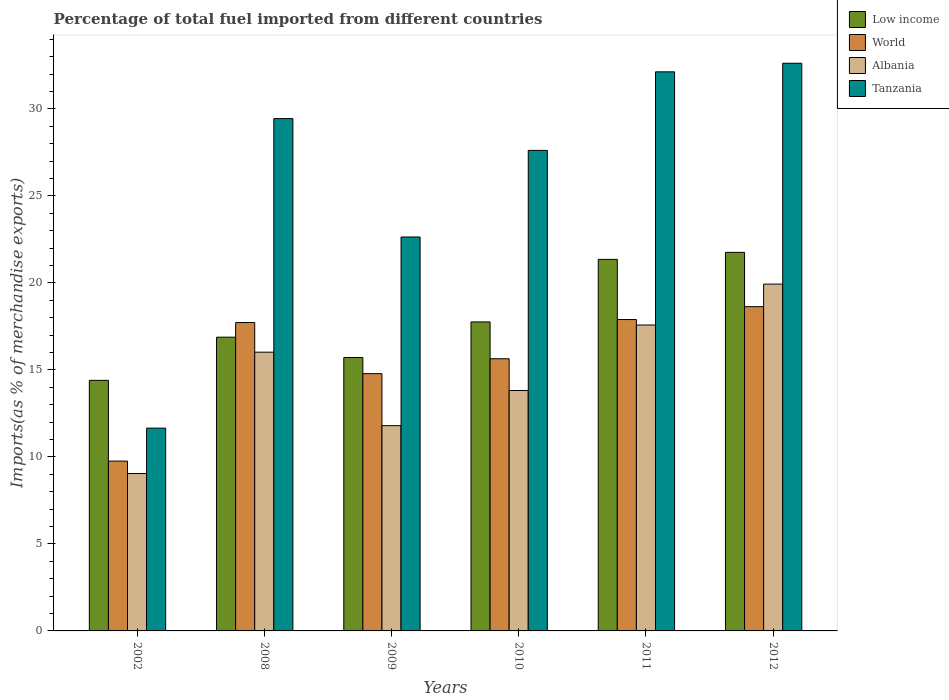
| Years | Low income | World | Albania | Tanzania |
 | --- | --- | --- | --- | --- |
 | 2002 | 14.4 | 9.76 | 9.05 | 11.7 |
 | 2008 | 16.9 | 17.7 | 16 | 29.4 |
 | 2009 | 15.7 | 14.8 | 11.8 | 22.6 |
 | 2010 | 17.8 | 15.6 | 13.8 | 27.6 |
 | 2011 | 21.4 | 17.9 | 17.6 | 32.1 |
 | 2012 | 21.8 | 18.6 | 19.9 | 32.6 |